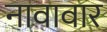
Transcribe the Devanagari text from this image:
नावावार